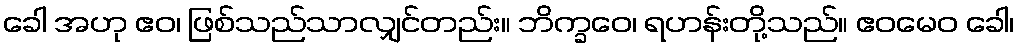
ခေါ အဟု ဧဝ၊ ဖြစ်သည်သာလျှင်တည်း။ ဘိက္ခဝေ၊ ရဟန်းတို့သည်။ ဧဝမေဝ ခေါ၊